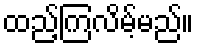
ထည့်ကြလိမ့်မည်။